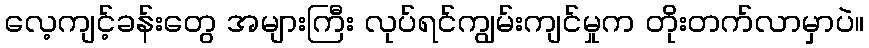
လေ့ကျင့်ခန်းတွေ အများကြီး လုပ်ရင်ကျွမ်းကျင်မှုက တိုးတက်လာမှာပဲ။